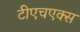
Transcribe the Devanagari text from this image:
टीएचएक्स